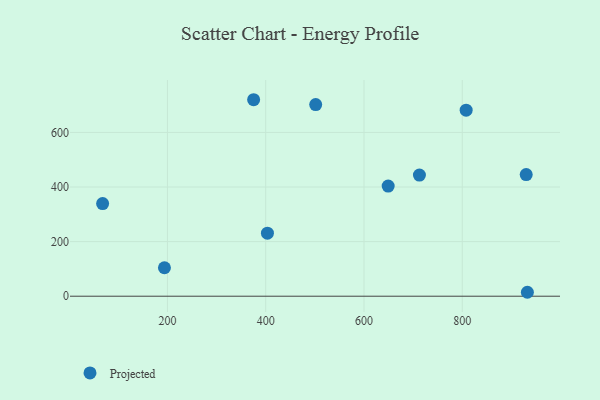
{"axis": {"x": "Study Hours", "y": "Fuel Efficiency"}, "legend": ["Projected"], "data": [{"x": "807.9", "y": 681.7, "type": "Projected"}, {"x": "501.7", "y": 702.0, "type": "Projected"}, {"x": "68.1", "y": 339.4, "type": "Projected"}, {"x": "712.8", "y": 443.7, "type": "Projected"}, {"x": "932.5", "y": 14.4, "type": "Projected"}, {"x": "649.2", "y": 403.4, "type": "Projected"}, {"x": "193.9", "y": 104.3, "type": "Projected"}, {"x": "375.4", "y": 719.9, "type": "Projected"}, {"x": "403.5", "y": 230.8, "type": "Projected"}, {"x": "930.1", "y": 445.5, "type": "Projected"}]}